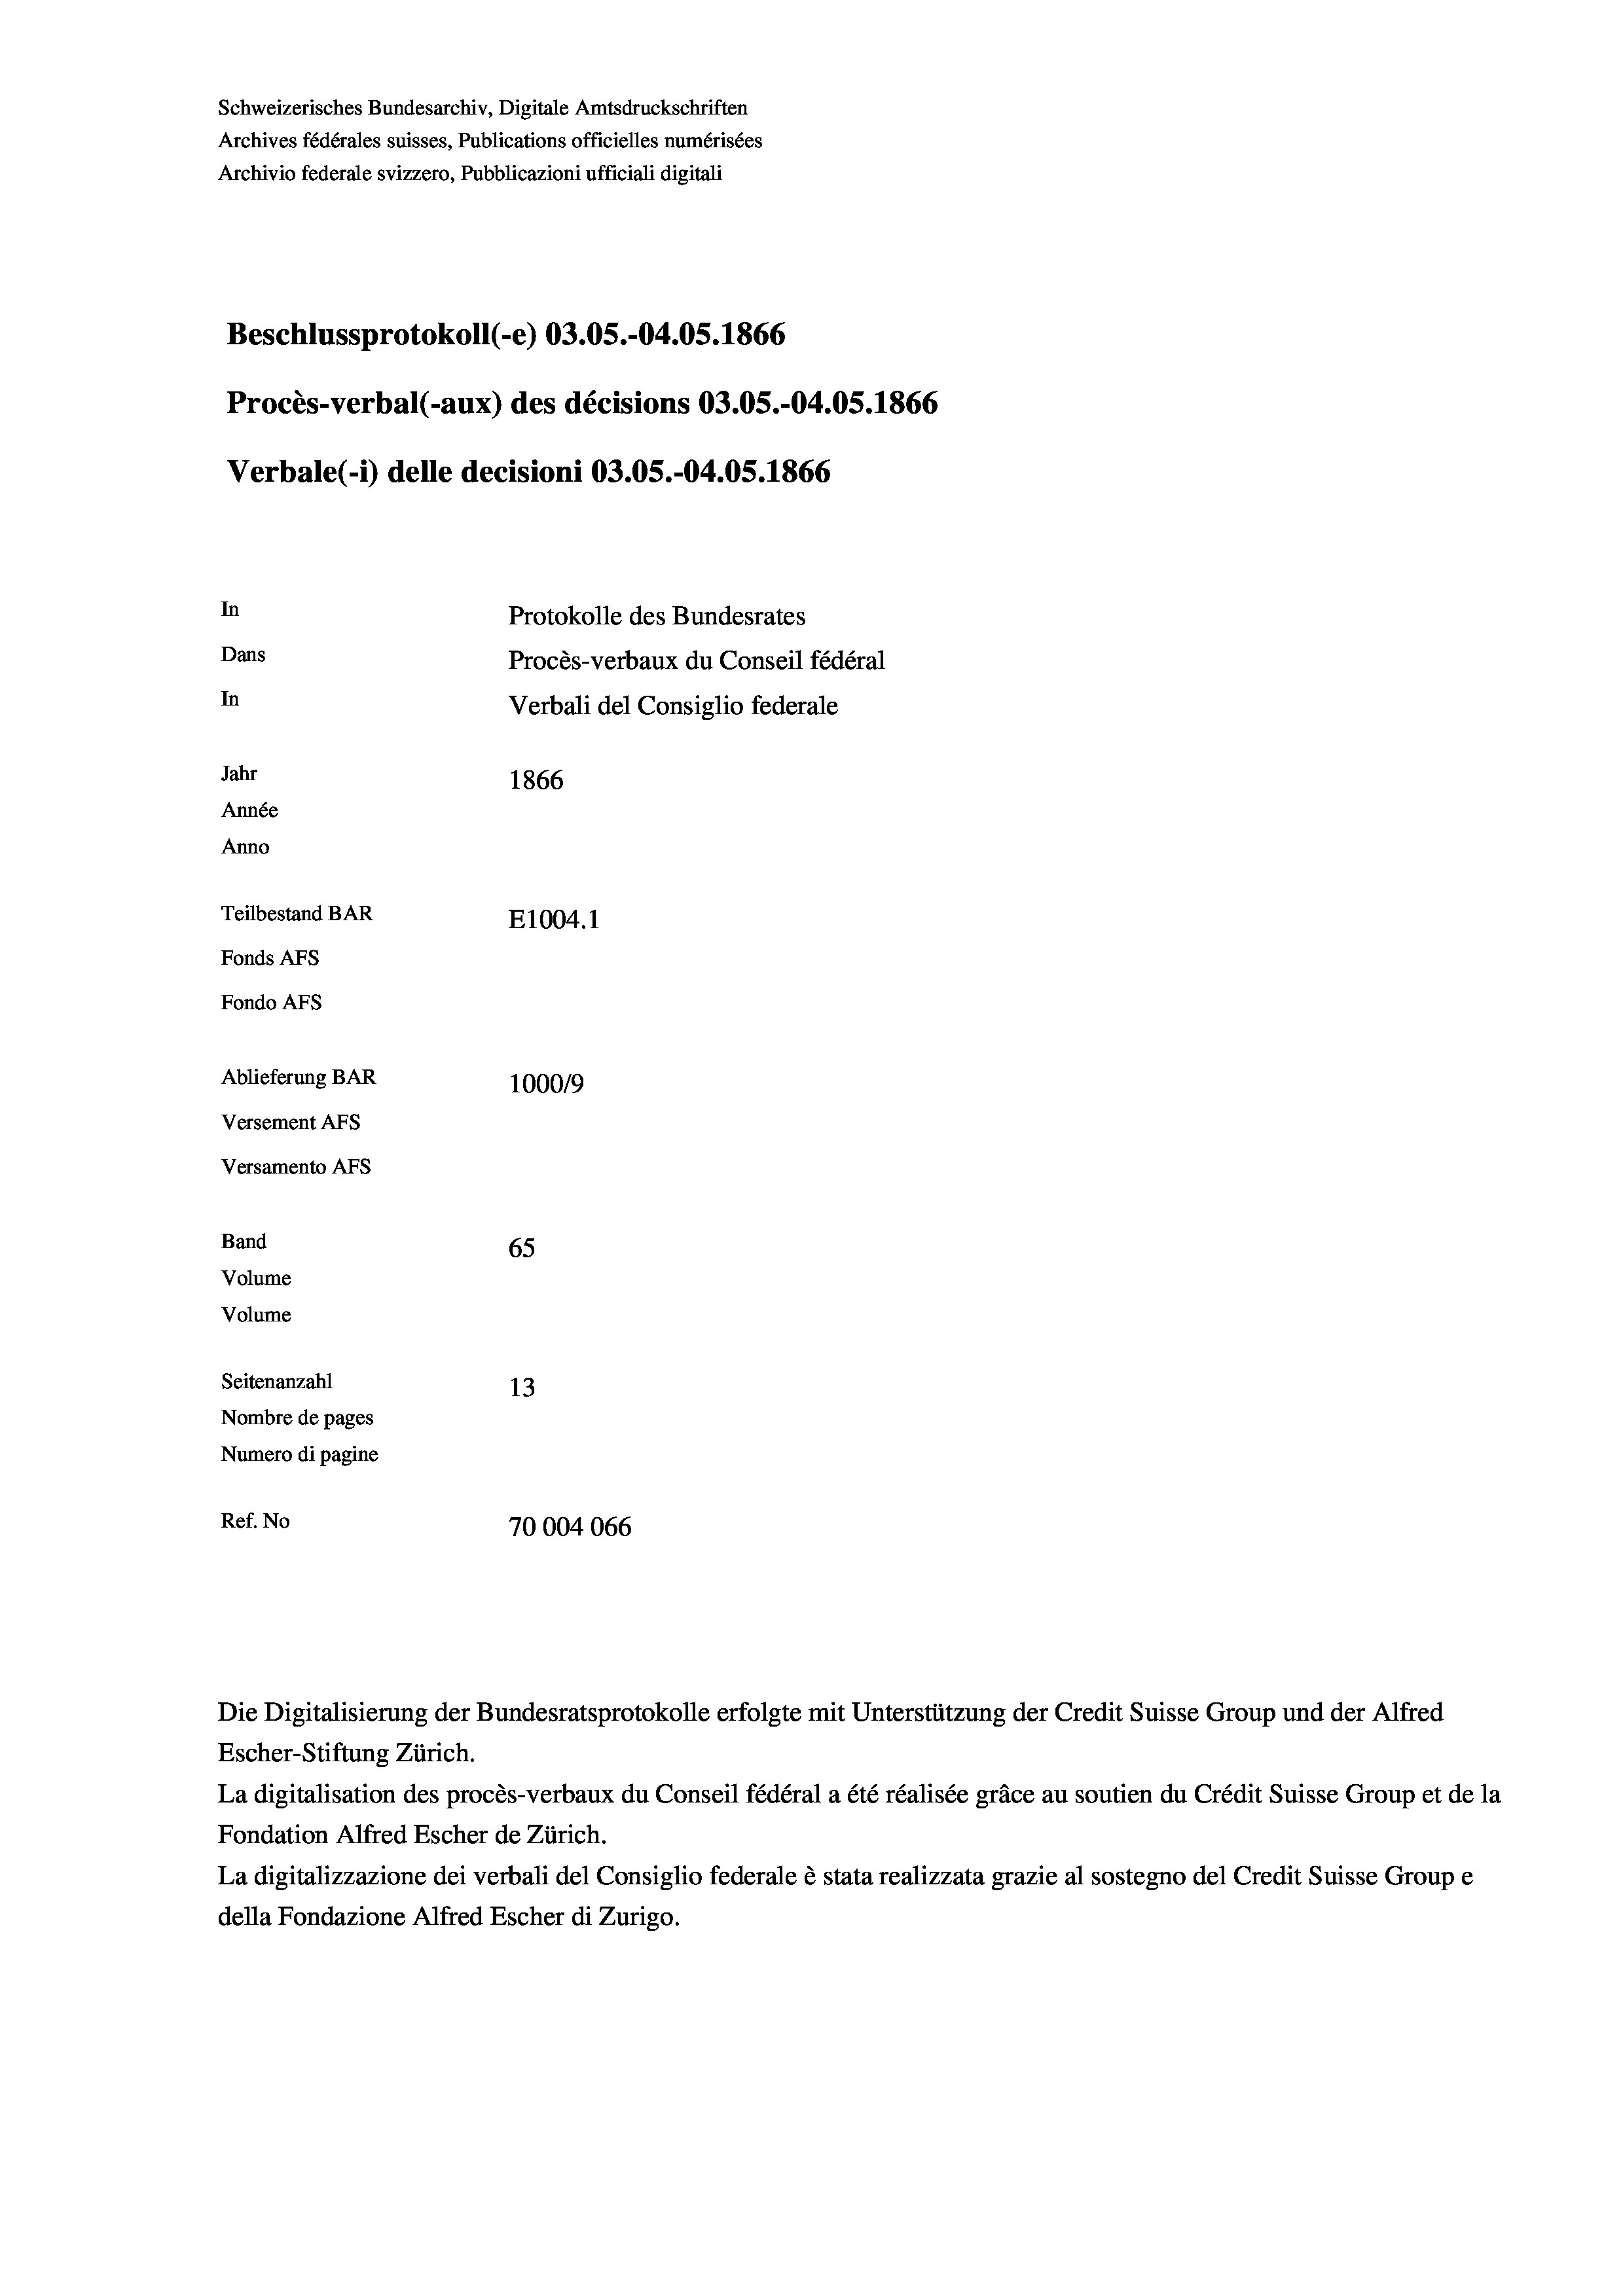
Schweizerisches Bundesarchiv, Digitale Amtsdruckschriften
Archives fédérales suisses, Publications officielles numérisées
Archivio federale svizzero, Pubblicazioni ufficiali digitali
Beschlussprotokoll (-e) 03.05.-04.05. 1866
Procès-verbal (-aux) des décisions 03.05.-04.05. 1866
Verbale(1) delle decisioni 03.05.-04.05. 1866
In
Protokolle des Bundesrates
Dans
Procès-verbaux du Conseil fédéral
In
Verbali del Consiglio federale
Jahr
1866
Année
Anno
Teilbestand BAR
E1004. 1
Fonds AFs
Fondo Afs
Ablieferung BAR
100019
Versement AFs
Versamento Afs

65
13
Nombre de pages
Numero di pagine
Ref. No
70004066

Band
Volume

Volume
Seitenanzahl

Escher-Stiftung Zürich.
La digitalisation des procès-verbaux du Conseil fédéral a été réalisée gräce au soutien du Crédit Suisse Group et de la
Fondation Alfred Escher de Zürich.
La digitalizzazione dei verbali del Consiglio federale è stata realizzata grazie al sostegno del Credit Suisse Groupe
della Fondazione Alfred Escher di Zurigo.

Die Digitalisierung der Bundesratsprotokolle erfolgte mit Unterstützung der Credit Suisse Group und der Alfred